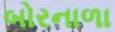
બોરનાળા